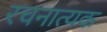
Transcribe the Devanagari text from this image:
रचनात्यक